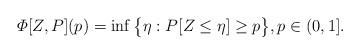
LaTeX: \begin{align*}\varPhi{[Z,P]}(p) = \inf\big\{\eta: P[Z \le \eta] \ge p\big\}, p\in (0,1].\end{align*}